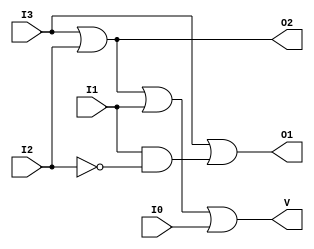
`timescale 1ns / 1ps
//////////////////////////////////////////////////////////////////////////////////
// Company: 
// Engineer: 
// 
// Design Name: 
// Module Name:    PEncoder_4_1 
// Project Name: 
// Target Devices: 
// Tool versions: 
// Description: 
//
// Dependencies: 
//
// Revision: 
// Revision 0.01 - File Created
// Additional Comments: 
//
//////////////////////////////////////////////////////////////////////////////////
module PEncoder_4_1(
	input I0,
	input I1,
	input I2,
	input I3,
	output O1,
	output O2,
	output V
    );
	 wire I2P, I2I1;
	 not n0 (I2P, I2);
	 and a0 (I2I1, I1, I2P);
	 or
		o0 (O1, I3, I2I1),
		o1 (O2, I3, I2),
		valid (V, O2, I1, I0);
endmodule